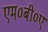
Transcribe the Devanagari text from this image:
एम०बी०ए